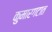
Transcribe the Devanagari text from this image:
कुमारगटात